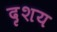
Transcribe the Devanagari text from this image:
दृशय